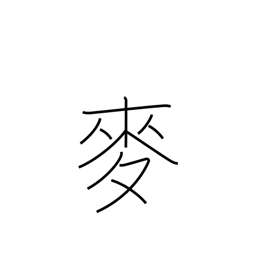
Meaning: wheat